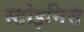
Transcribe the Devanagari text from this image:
स्टोइनिस